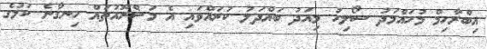
އިބްރާހިމް މުހައްމަދު ސޯލިހު މިއަދު ބައްދަލު ކުރައްވައި އެ މަޝްރޫއުތައް ހިނގާނެ ކަމުގެ